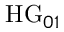
\mathrm { H G } _ { 0 1 }